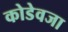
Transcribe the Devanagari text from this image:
कोडेवजा